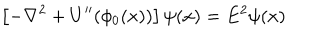
\left[ - \nabla ^ { 2 } + U ^ { \prime \prime } ( \phi _ { 0 } ( x ) ) \right] \psi ( x ) = E ^ { 2 } \psi ( x )